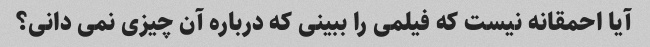
آیا احمقانه نیست که فیلمی را ببینی که درباره آن چیزی نمی دانی؟